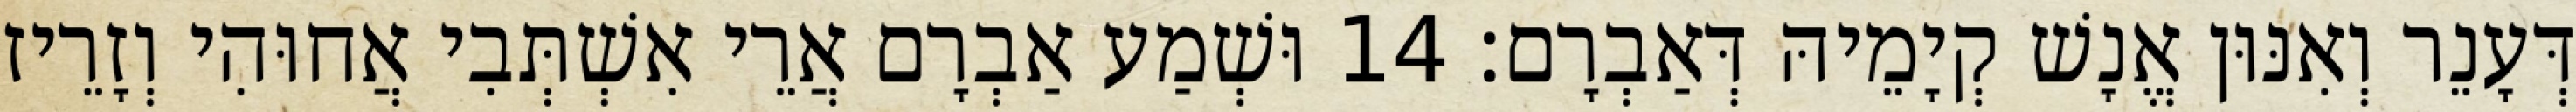
דְּעָנֵר וְאִנּוּן אֱנָשׁ קְיָמֵיהּ דְּאַבְרָם׃ 14 וּשְׁמַע אַבְרָם אֲרֵי אִשְׁתְּבִי אֲחוּהִי וְזָרֵיז